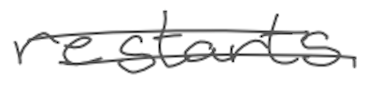
Text: restarts
Cross-out: double-line
Writing tool: digital_gray